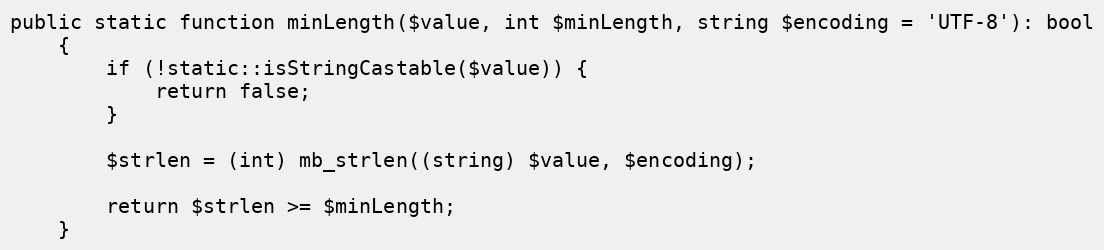
Language: PHP
public static function minLength($value, int $minLength, string $encoding = 'UTF-8'): bool
    {
        if (!static::isStringCastable($value)) {
            return false;
        }

        $strlen = (int) mb_strlen((string) $value, $encoding);

        return $strlen >= $minLength;
    }